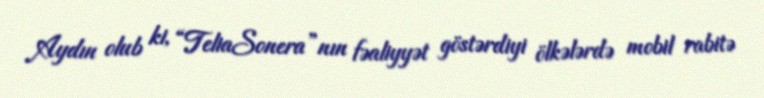
Aydın olub ki, “TeliaSonera”nın fəaliyyət göstərdiyi ölkələrdə mobil rabitə